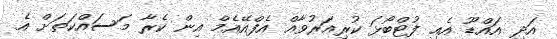
އަދި އައްޑޫ އެއި ފުޓްބޯޅަ ކުރިއަރުވާއް އެފްއޭއެމް އިން ކެރާ މަސައްކަތަށް އެ